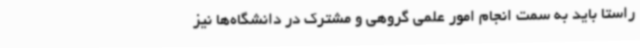
راستا باید به سمت انجام امور علمی گروهی و مشترک در دانشگاه‌ها نیز